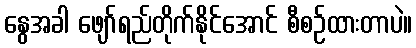
နွေအခါ ဖျော်ရည်တိုက်နိုင်အောင် စီစဉ်ထားတာပဲ။